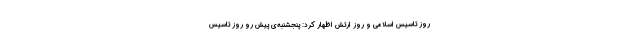
روز تاسیس اسلامی و روز ارتش اظهار کرد: پنجشنبه‌ی پیش رو روز تاسیس